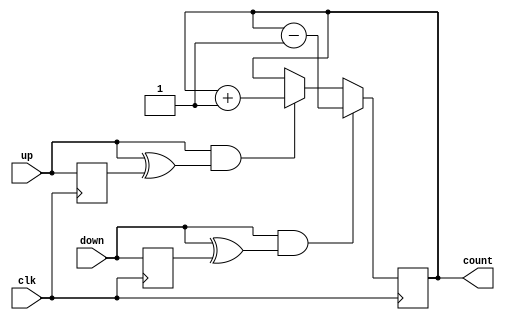
`timescale 1ns / 1ps
//////////////////////////////////////////////////////////////////////////////////
// Company: 
// Engineer: 
// 
// Design Name: 
// Module Name:    top 
// Project Name: 
// Target Devices: 
// Tool versions: 
// Description: 
//
// Dependencies: 
//
// Revision: 
// Revision 0.01 - File Created
// Additional Comments: 
//
//////////////////////////////////////////////////////////////////////////////////
module top(
	 input clk,
    input up,
    input down,
    output reg [3:0] count
    );


reg lastup = 1'b0;
reg lastdown = 1'b0;

always @(posedge clk)
begin
	lastup <= up;
	lastdown <= down;
   if (up && (up ^ lastup))
	  count <= count + 1;
	if (down && (down ^ lastdown))
	  count <= count - 1;
end

endmodule